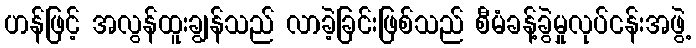
ဟန်ဖြင့် အလွန်ထူးချွန်သည် လာခဲ့ခြင်းဖြစ်သည် စီမံခန့်ခွဲမှုလုပ်ငန်းအဖွဲ့